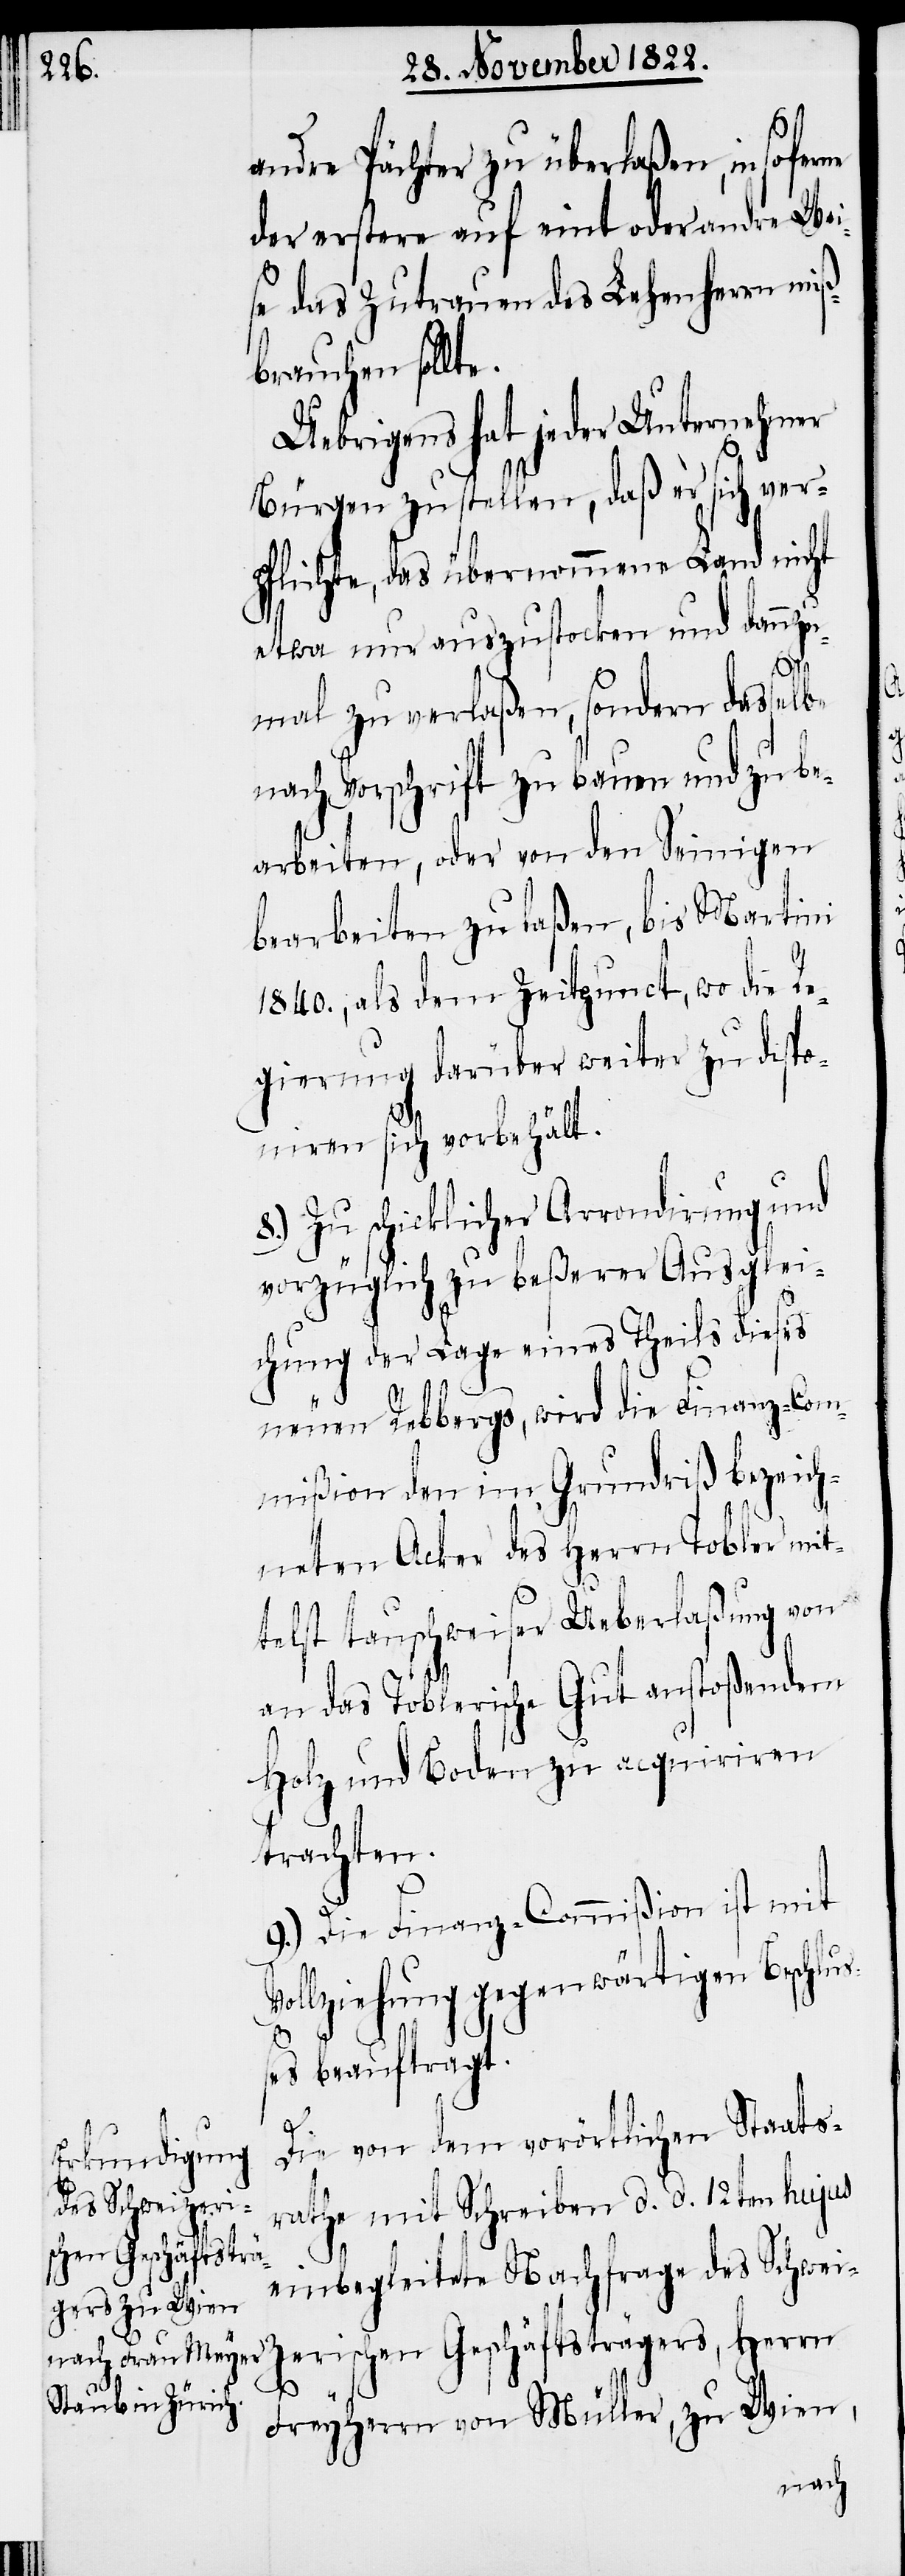
andre Pächter zu überlaßen, in sofe¬
der erstere auf eint oder andre Wei¬
se das Zutrauen des Lehenherrn miß¬
brauchen sollt¬
Uebrigens hat jeder Unternehmer
Bürgen zu stellen, daß er sich ver¬
pflichte, das übernommene Land nicht
etwa nur auszustocken und dannz¬
e.
umal zu verlaßen, sondern dasselbe
nach Vorschrift zu bauen und zu be¬
arbeiten, oder von den Seinigen
bearbeiten zu laßen, bis Martini
1840., als dem Zeitpunct, wo die Re¬
gierung darüber weiter zu dispo¬
niren sich vorbehält.
8.) Zu schicklicher Arrondirung und
vorzüglich zu beßerer Ausglei¬
chung der Lage eines Theils dieses
neuen Rebbergs, wird die Finanz-Com¬
mißion den im Grundriß bezeich¬
neten Acker des Herrn Tobler mit¬
telst tauschweiser Ueberlaßung von
an das Toblerische gut anstoßendem
Holz und Boden zu acquiriren
trachten.
9.) Die Finanz-Commißion ist mit
Vollziehung gegenwärtigen Beschluß¬
es beauftragt.
Die von dem vorörtlichen Staats¬
rathe mit Schreiben d. d. 12ten hujus
rne
einbegleitete Nachfrage des Schwei¬
zerischen Geschäftsträgers, Herrn
Freyherrn von Müller, zu Wien,